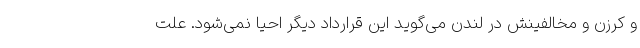
و کرزن و مخالفینش در لندن می‌گوید این قرارداد دیگر احیا نمی‌شود. علت